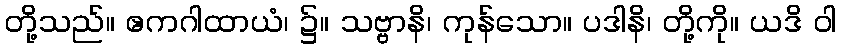
တို့သည်။ ဧကဂါထာယံ၊ ၌။ သဗ္ဗာနိ၊ ကုန်သော။ ပဒါနိ၊ တို့ကို။ ယဒိ ဝါ